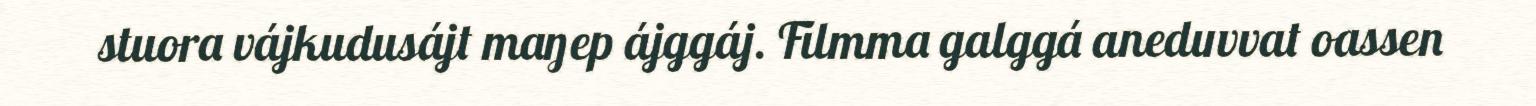
stuora vájkudusájt maŋep ájggáj. Filmma galggá aneduvvat oassen